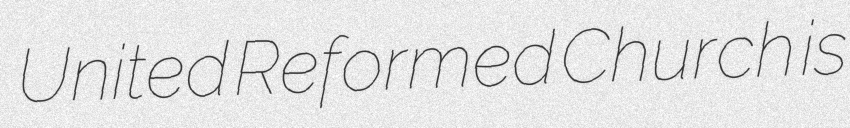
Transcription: United Reformed Church is